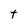
Character: t